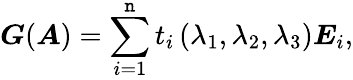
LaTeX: \boldsymbol{G}(\boldsymbol{A})=\sum_{i=1}^{\mathtt{n}}t_{i}\left(\lambda_{1},\lambda_{2},\lambda_{3}\right)\boldsymbol{E}_{i},